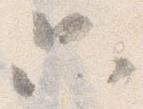
只